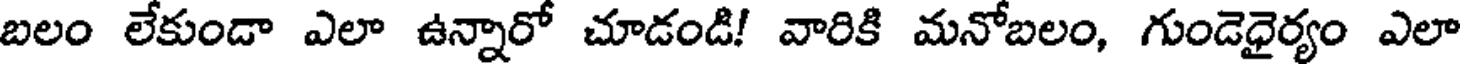
బలం లేకుండా ఎలా ఉన్నారో చూడండి! వారికి మనోబలం, గుండెధైర్యం ఎలా